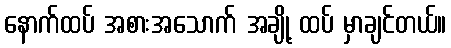
နောက်ထပ် အစားအသောက် အချို့ ထပ် မှာချင်တယ်။